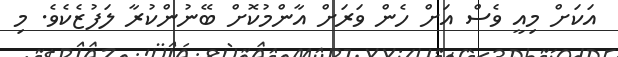
އަކަށް މިއީ ވެސް އަށް ހެން ވަރަށް އާންމުކޮށް ބޭނުންކުރާ ލަފުޒެކެވެ. މި